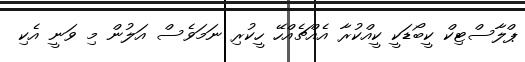
ޕްލާސްޓިކް ކީބޯޑަކީ ކީއްކުރާ އެއްޗެއްހޭ ހީކުރި ނަމަވެސް އަލުން މި ވަނީ އެކި